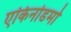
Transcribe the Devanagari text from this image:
एकिनोडर्मा